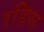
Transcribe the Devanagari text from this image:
रहिस